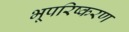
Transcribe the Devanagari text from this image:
भूपरिष्करण